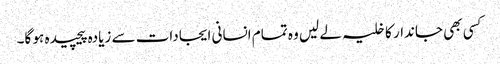
کسی بھی جاندار کا خلیہ لے لیں وہ تمام انسانی ایجادات سے زیادہ پیچیدہ ہو گا۔